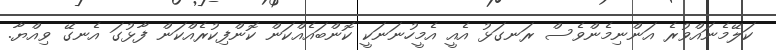
ކަލޭމެނައްވުރެ އަންނިމެންވެސް ރަނގަޅު އެއީ އެމީހުނަނަކީ ކޮންބައެއްކަން ކޮންފިކުރެއްކަން ފާޅުގަ އެނގޭ ވިއްޔާ.